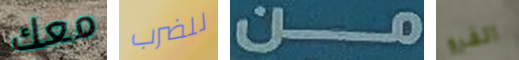
معك للضرب من الفرو